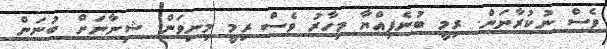
ވެސް ނުކުރާނަން. ރިމީ ބުނެފިއްޔާ މިހާރު ވެސް ރިމީ މިނިވަން. ޝިނާނަށް ބުނަން